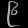
Digit: ၉